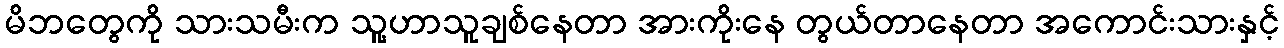
မိဘတွေကို သားသမီးက သူ့ဟာသူချစ်နေတာ အားကိုးနေ တွယ်တာနေတာ အကောင်းသားနှင့်